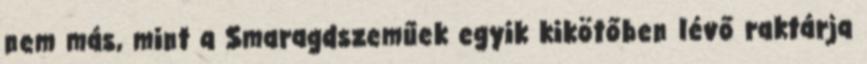
nem más, mint a Smaragdszeműek egyik kikötőben lévő raktárja